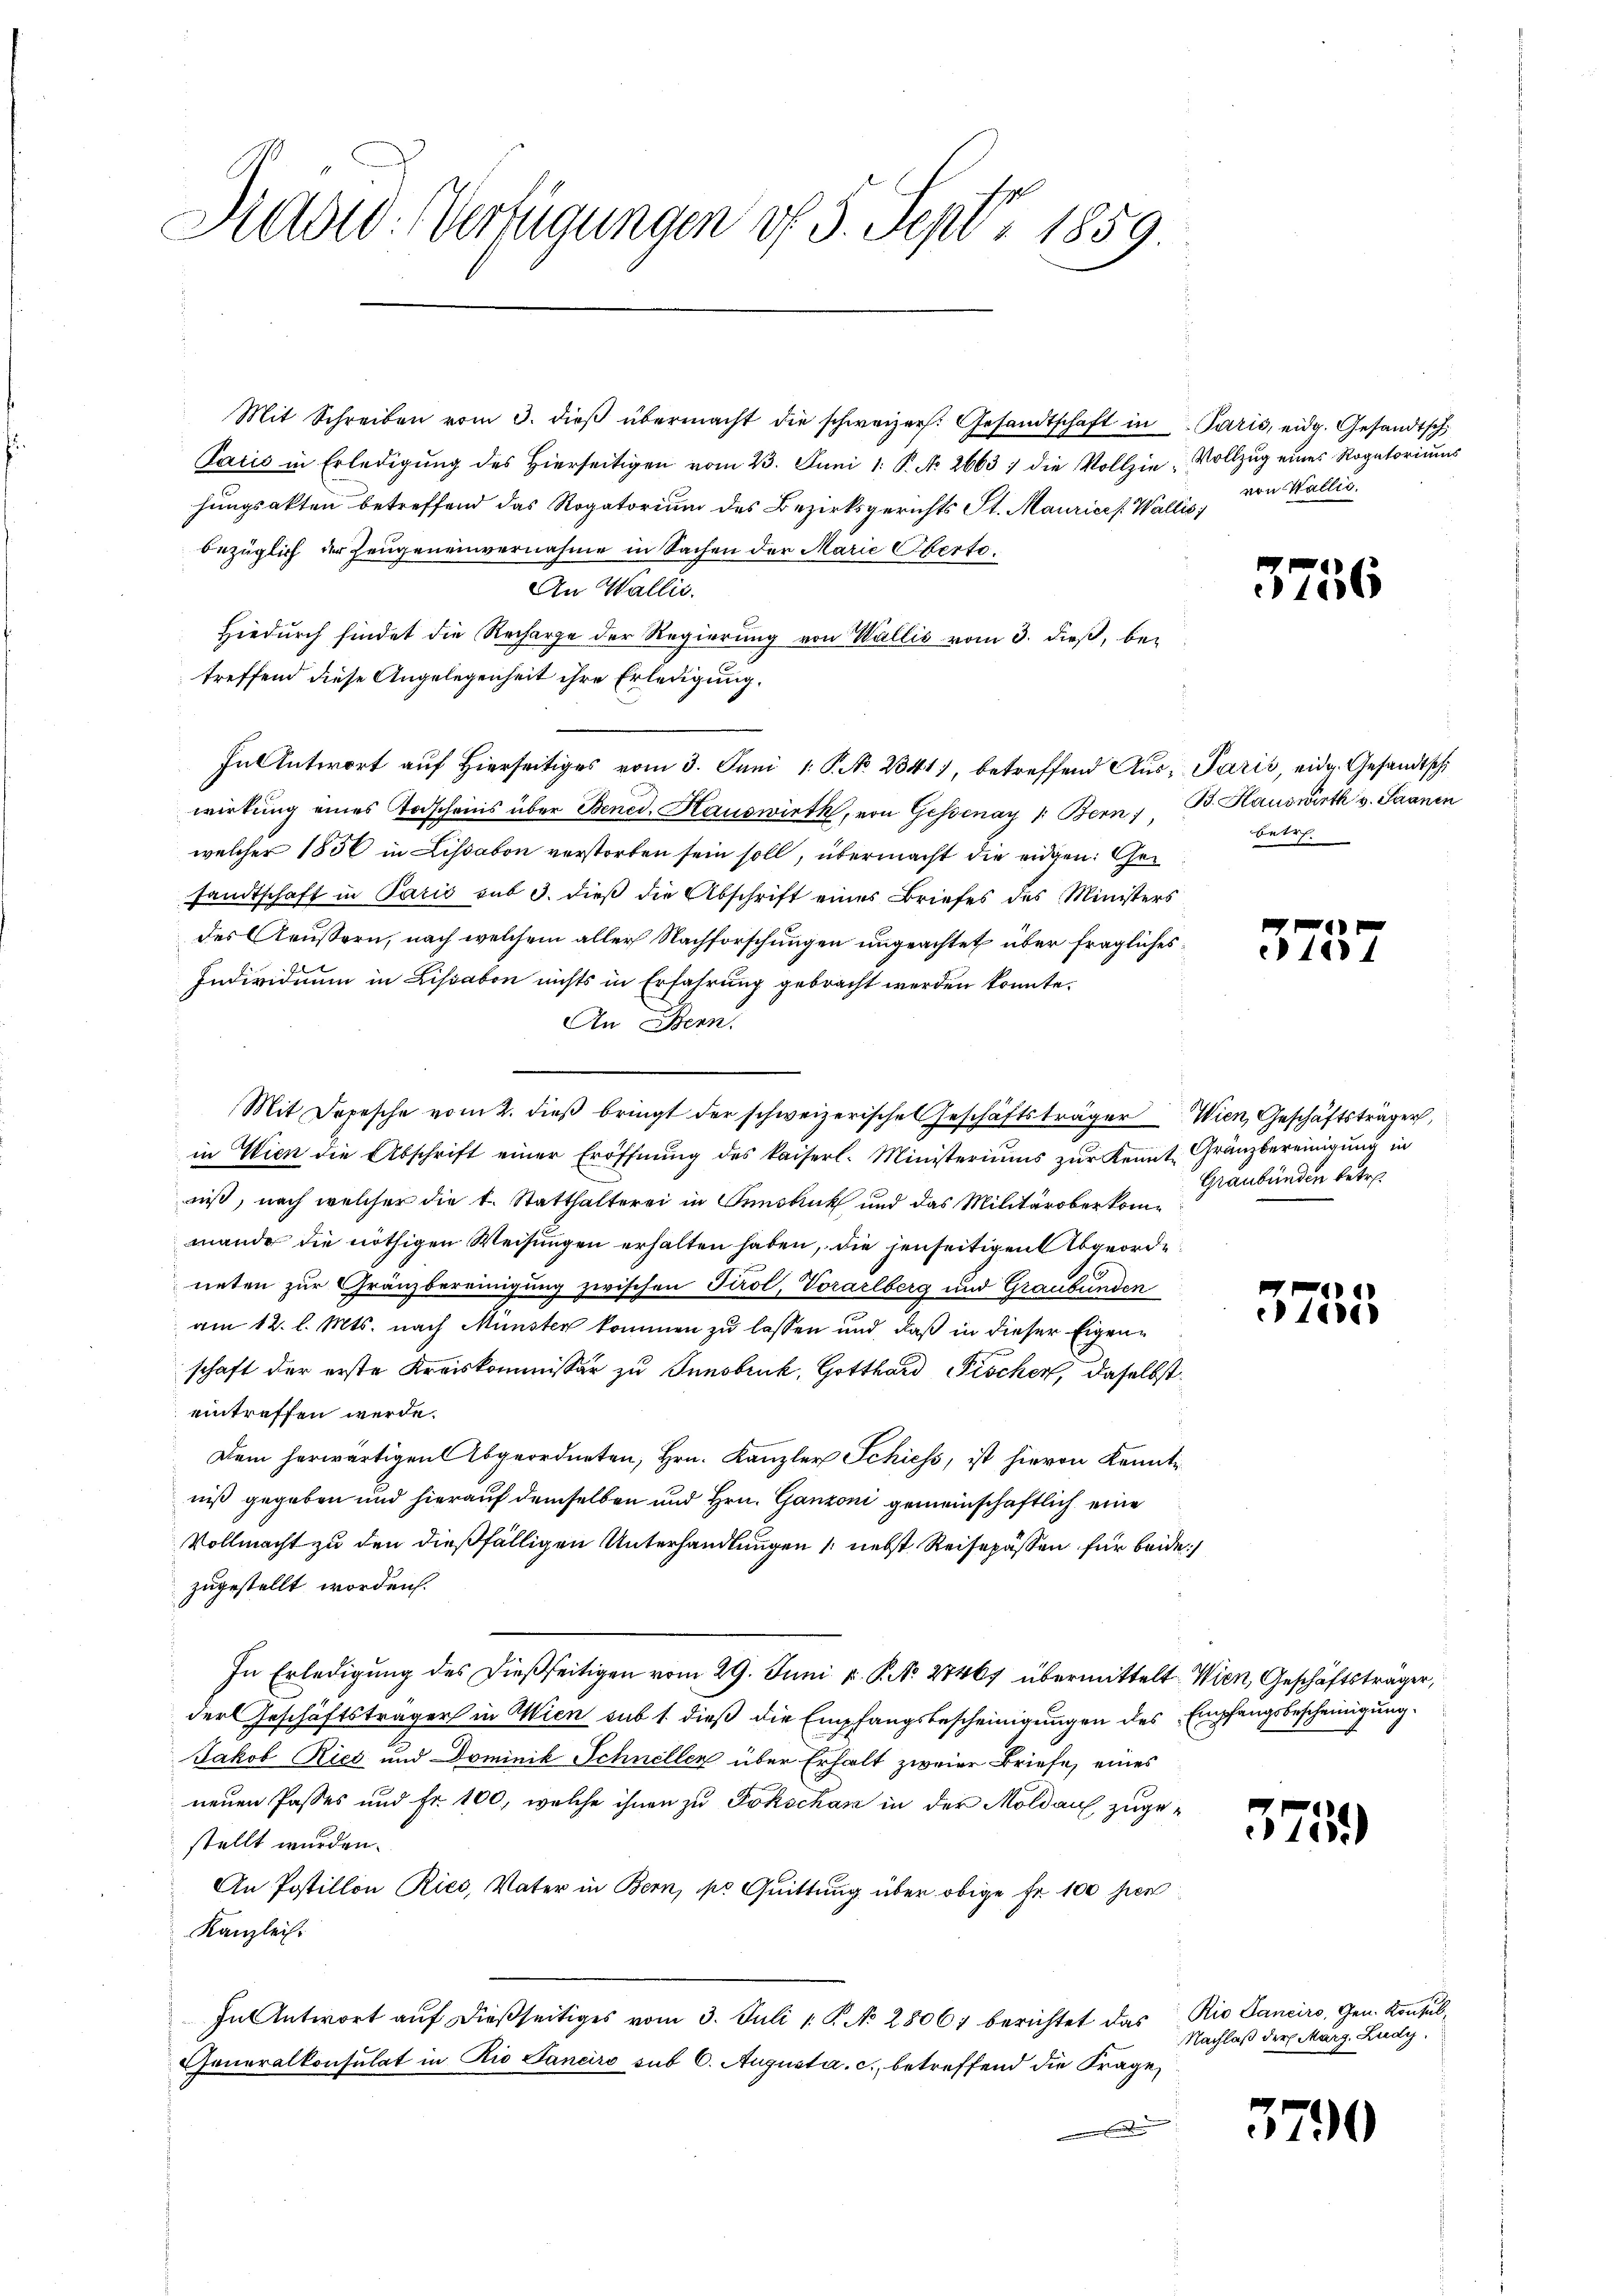
Präsid. Verfügungen uf 5. Sept. 1859.

Mit Schreiben vom 3. dieβ übermacht die schweizer. Gesandtschaft in Paris, eidg. Gesandtsch
Paris in Erledigŭng des hierseitigen vom 23. Juni 1. P. N. 2663) die Vollzie Vollzug eines Rogatoriums
hungsakten betreffend das Rogatorium des Bezirksgerichts St. Maurices. Wallis,
bezüglich der Zeugeneinvernahme in Sachen der Marie Oerto¬
An Wallis.
Hiedurch findet die Recharge der Regierung von Wallis vom 3. dieß, betreffend diese Angelegenheit ihre Erledigung.
In Antwort auf Hierseitiges vom 3. Juni 1. P. No. 2341, betreffend Aus- Paris, eidg. Gesandtsch
wirkung eines Todscheins über Bened. Hauswirth, von Gessenay 1: Bern, B. Hauswirth v. Saanen
welcher 1856 in Lissabon verstorben sein soll, übermacht die eidgen: Gesandtschaft in Paris sub 3. dieß die Abschrift eines Briefes des Ministers
des Aeußern, nach welchem aller Nachforschungen ungeachtet über fragliches
Individuum in Lissabon nichts in Erfahrung gebracht werden konnte.
An Bern.
in Wien die Abschrift einer Eröffnung des kaiserl. Ministeriums zur Kennt, Gränzbereinigung in
niß, nach welcher die k. Statthalterei in Innsbruck und das Militärober kommande die nöthigen Weisungen erhalten haben, die jenseitigen Abgeorde
neten zur Gränzbereinigung zwischen Tirol, Vorarlberg und Graubünden
am 12. l. Mts. nach Münster kommen zu lassen und daß in dieser Eigenschaft der erste Kreiskommissär zu Innsbruck, Gotthard Fischen, daselbst
eintreffen werde.
Dem herwärtigen Abgeordneten, Hrn. Kanzler Schiess, ist hievon Kenntniß gegeben und hierauf demselben und Hrn. Ganzoni gemeinschaftlich eine
Vollmacht zu den dießfälligen Unterhandlungen nebst Reisepässen für beide
zugestellt worden.
In Erledigung des dießseitigen vom 29. Juni v. P. Nr. 27467 übermittelt. Wien, Geschäftsträger,
der Geschäftsträger in Wien sub 1. dieß die Empfangsbescheinigungen des Empfangsbescheinigung
Jakob Ries und Dominik Schneller über Erhalt zweier Briefe, eines
neuen Passes und Fr. 100, welche ihnen zu Fokschan in der Moldau zugestellt wurden.
An Postillon Ries, Vater in Bern, so Quittung über obige Fr. 100 sen
Kanzlei.
In Antwort auf dießseitiges vom 3. Juli 1. P. No 2806) berichtet das Rio Sancirs, Gen. Konsul¬
Generalkonsulat in Rio Saneiro sub 6. Augusta, c. betreffend die Frage,
e

Mit Depesche vom 2. dieβ bringt der schweizerische Geschäftsträger Wien, Geschäftsträger,

von Wallis.

3756

betre

164

Graubünden betre

e
1838

3755)

Nachlaß der Marg. Ludy.

3790